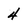
Character: 4